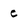
Character: e